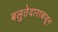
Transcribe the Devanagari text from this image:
बलुतेदाराकडून